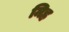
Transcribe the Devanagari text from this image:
मिह्र